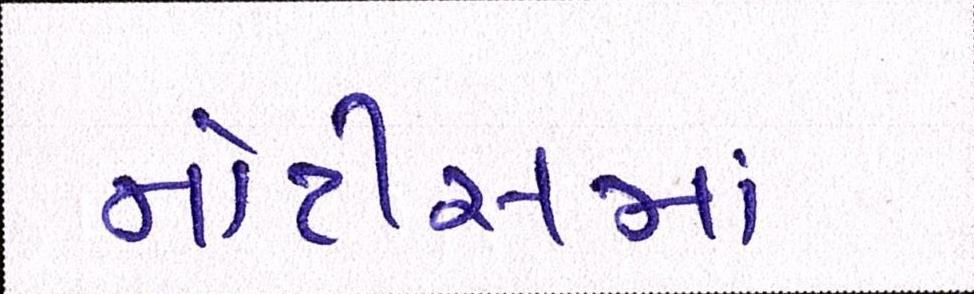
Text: નોટીસમાં